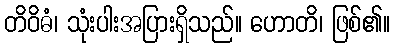
တိဝိဓံ၊ သုံးပါးအပြားရှိသည်။ ဟောတိ၊ ဖြစ်၏။